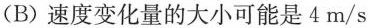
（B）速度变化量的大小可能是4m/s